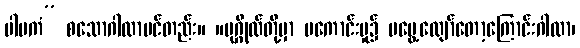
ပါပကံ” စသောဂါထာပင်တည်း။ ။ပုဂ္ဂိုလ်တို့မှာ မကောင်းမှု၌ မမွေ့လျော်တော့ကြောင်းဂါထာ၊